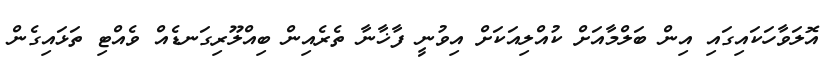
އޮލަވާހަކައިގައި އިން ބަލްމާއަށް ކުއްލިއަކަށް އިވުނީ ފާޚާނާ ތެރެއިން ބިއްލޫރިގަނޑެއް ވެއްޓި ތަޅައިގެން